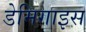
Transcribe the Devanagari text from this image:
डेमिगाइस